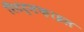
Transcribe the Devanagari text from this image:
रिटर्नफ़ाइल